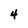
Character: 4